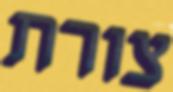
צורת